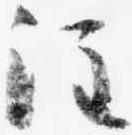
注